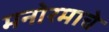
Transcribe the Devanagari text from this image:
मनोरमाचे